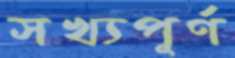
সখ্যপূর্ণ